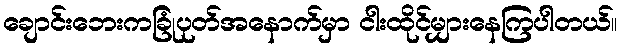
ချောင်းဘေးကခြုံပုတ်အနောက်မှာ ငါးထိုင်မျှားနေကြပါတယ်။